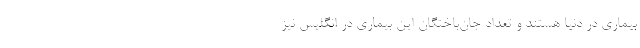
بیماری در دنیا هستند و تعداد جان‌باختگان این بیماری در انگلیس نیز